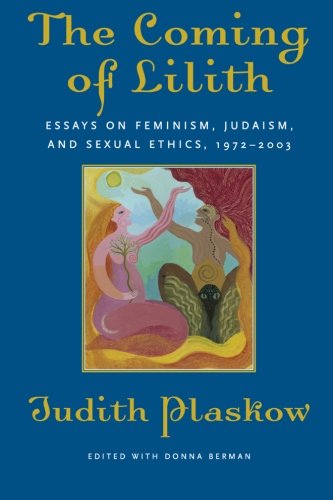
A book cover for The Coming of Lilith: Essays on Feminism, Judaism, and Sexual Ethics, 1972-2003; Judith Plaskow; Religion & Spirituality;